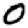
Digit: 0